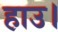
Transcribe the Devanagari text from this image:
हाउ।